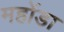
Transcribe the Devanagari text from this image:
महोंडा